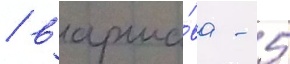
/ варша́ва - 5